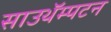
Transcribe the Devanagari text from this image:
साउथॅम्पटन